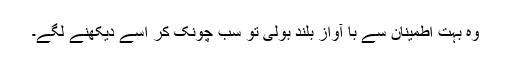
وہ بہت اطمینان سے با آواز بلند بولی تو سب چونک کر اسے دیکھنے لگے۔